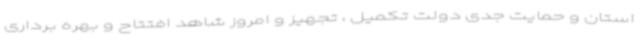
استان و حمایت جدی دولت تکمیل ، تجهیز و امروز شاهد افتتاح و بهره برداری